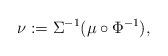
LaTeX: \begin{align*} \nu := \Sigma^{-1}(\mu \circ \Phi^{-1}),\end{align*}